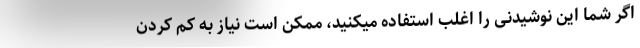
اگر شما این نوشیدنی را اغلب استفاده میکنید، ممکن است نیاز به کم کردن